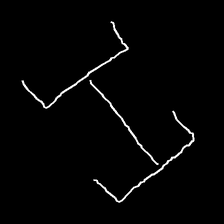
Glyph: entwine